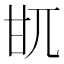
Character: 𤮿